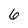
Character: 6